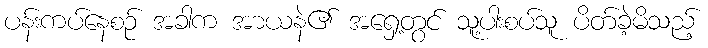
ပန်းကပ်နေစဉ် အခါက အာယနဲ၏ အရှေ့တွင် သူ့ပါးစပ်သူ ပိတ်ခဲ့မိသည့်